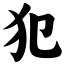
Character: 犯